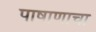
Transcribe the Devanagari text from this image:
पाषाणाचा